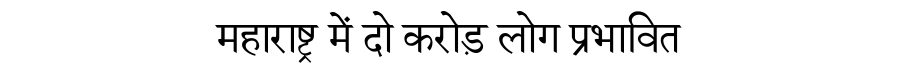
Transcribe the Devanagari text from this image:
महाराष्ट्र में दो करोड़ लोग प्रभावित